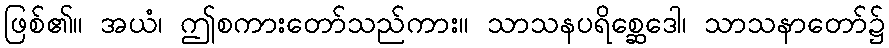
ဖြစ်၏။ အယံ၊ ဤစကားတော်သည်ကား။ သာသနပရိစ္ဆေဒေါ၊ သာသနာတော်၌